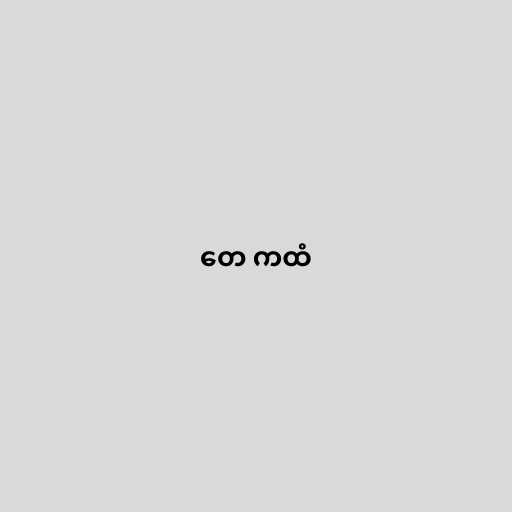
တေ ကထံ